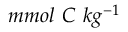
m m o l \nobreakspace { } C \nobreakspace { } k g ^ { - 1 }